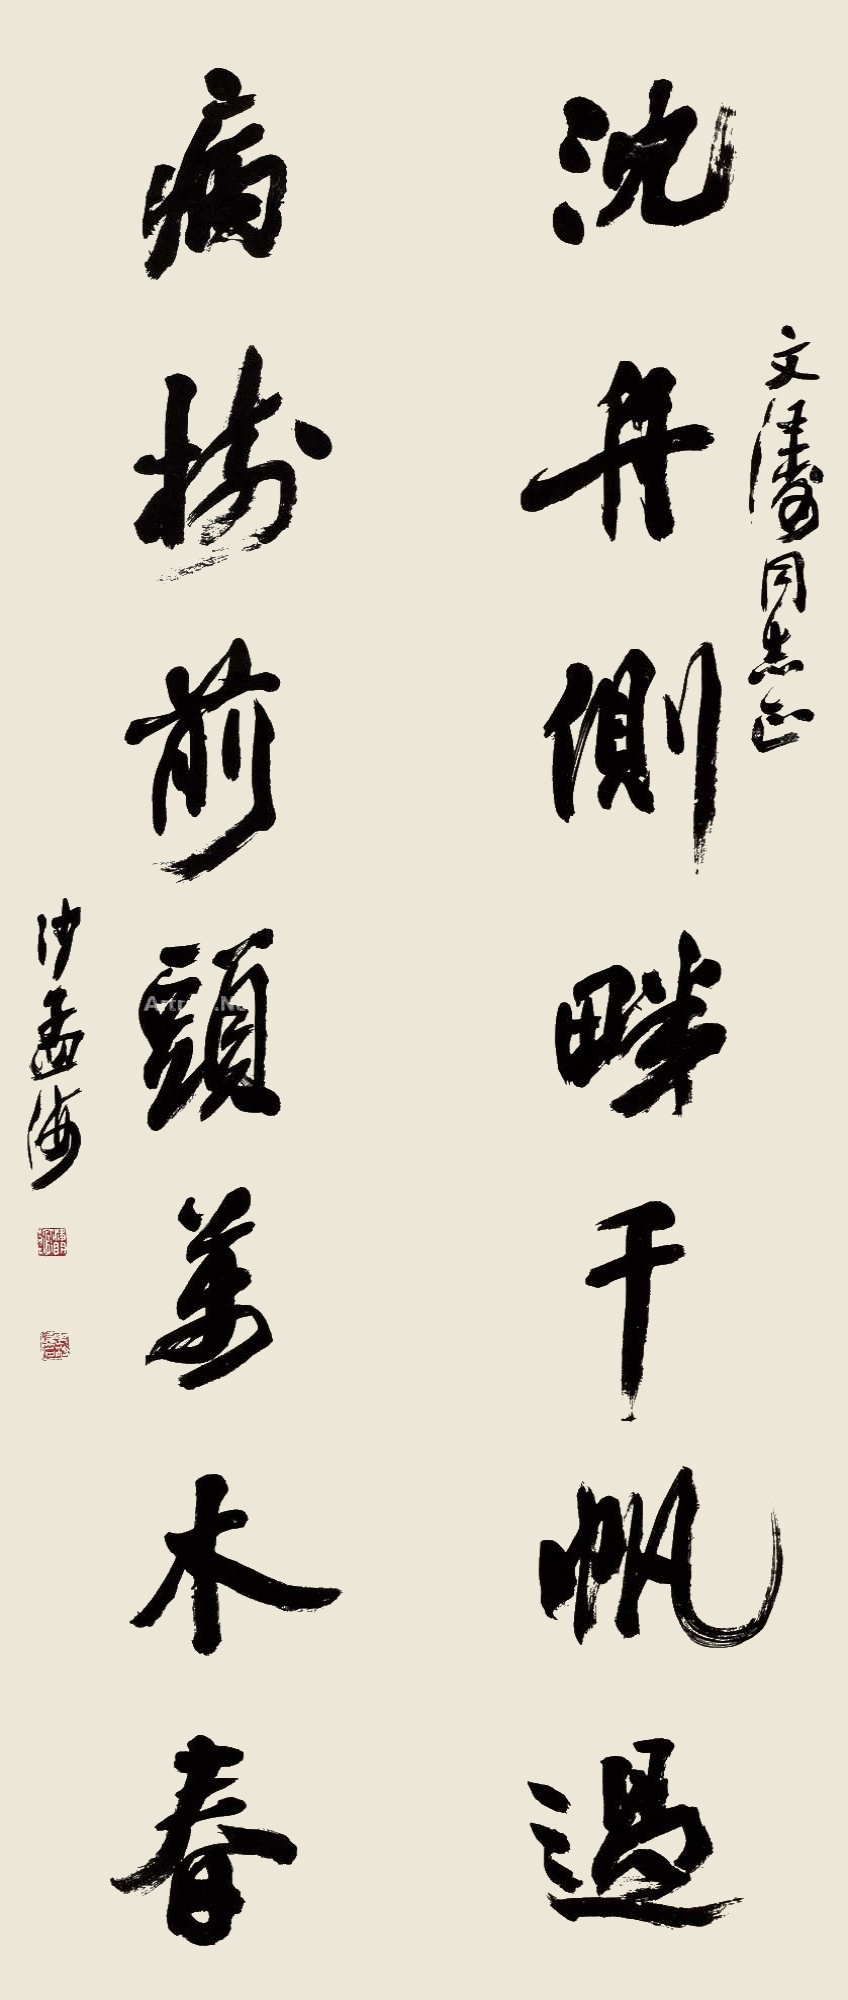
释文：沉舟侧畔千帆过,病树前头万木春。文涛同志正，沙孟海。